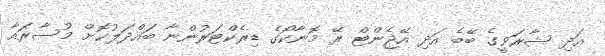
އަދި ޝާރަވީގެ ބޭބެ އަދި އޭޖެންޓް ރޭ މޮނާކޯގެ ޑިރެކްޓަރުންނާ ބައްދަލުކޮށް މުސާރައާ